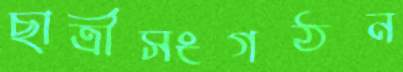
ছাত্রীসংগঠন